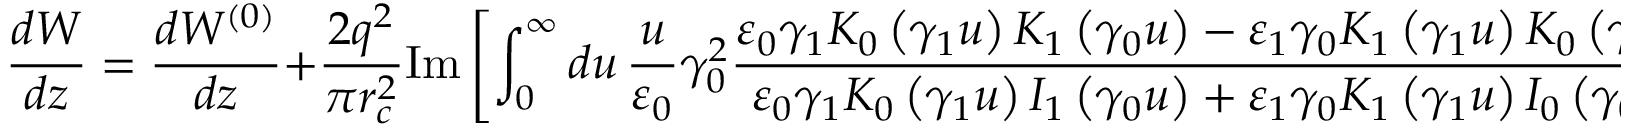
\frac { d W } { d z } = \frac { d W ^ { ( 0 ) } } { d z } + \frac { 2 q ^ { 2 } } { \pi r _ { c } ^ { 2 } } \mathrm { I m } \left[ \int _ { 0 } ^ { \infty } d u \, \frac { u } { \varepsilon _ { 0 } } \gamma _ { 0 } ^ { 2 } \frac { \varepsilon _ { 0 } \gamma _ { 1 } K _ { 0 } \left( \gamma _ { 1 } u \right) K _ { 1 } \left( \gamma _ { 0 } u \right) - \varepsilon _ { 1 } \gamma _ { 0 } K _ { 1 } \left( \gamma _ { 1 } u \right) K _ { 0 } \left( \gamma _ { 0 } u \right) } { \varepsilon _ { 0 } \gamma _ { 1 } K _ { 0 } \left( \gamma _ { 1 } u \right) I _ { 1 } \left( \gamma _ { 0 } u \right) + \varepsilon _ { 1 } \gamma _ { 0 } K _ { 1 } \left( \gamma _ { 1 } u \right) I _ { 0 } \left( \gamma _ { 0 } u \right) } \right] .